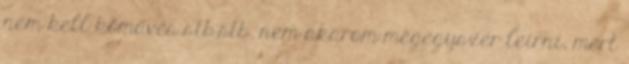
nem kell kőműves stb.stb. nem akarom mégegyszer leírni, mert